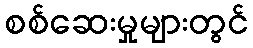
စစ်ဆေးမှုများတွင်